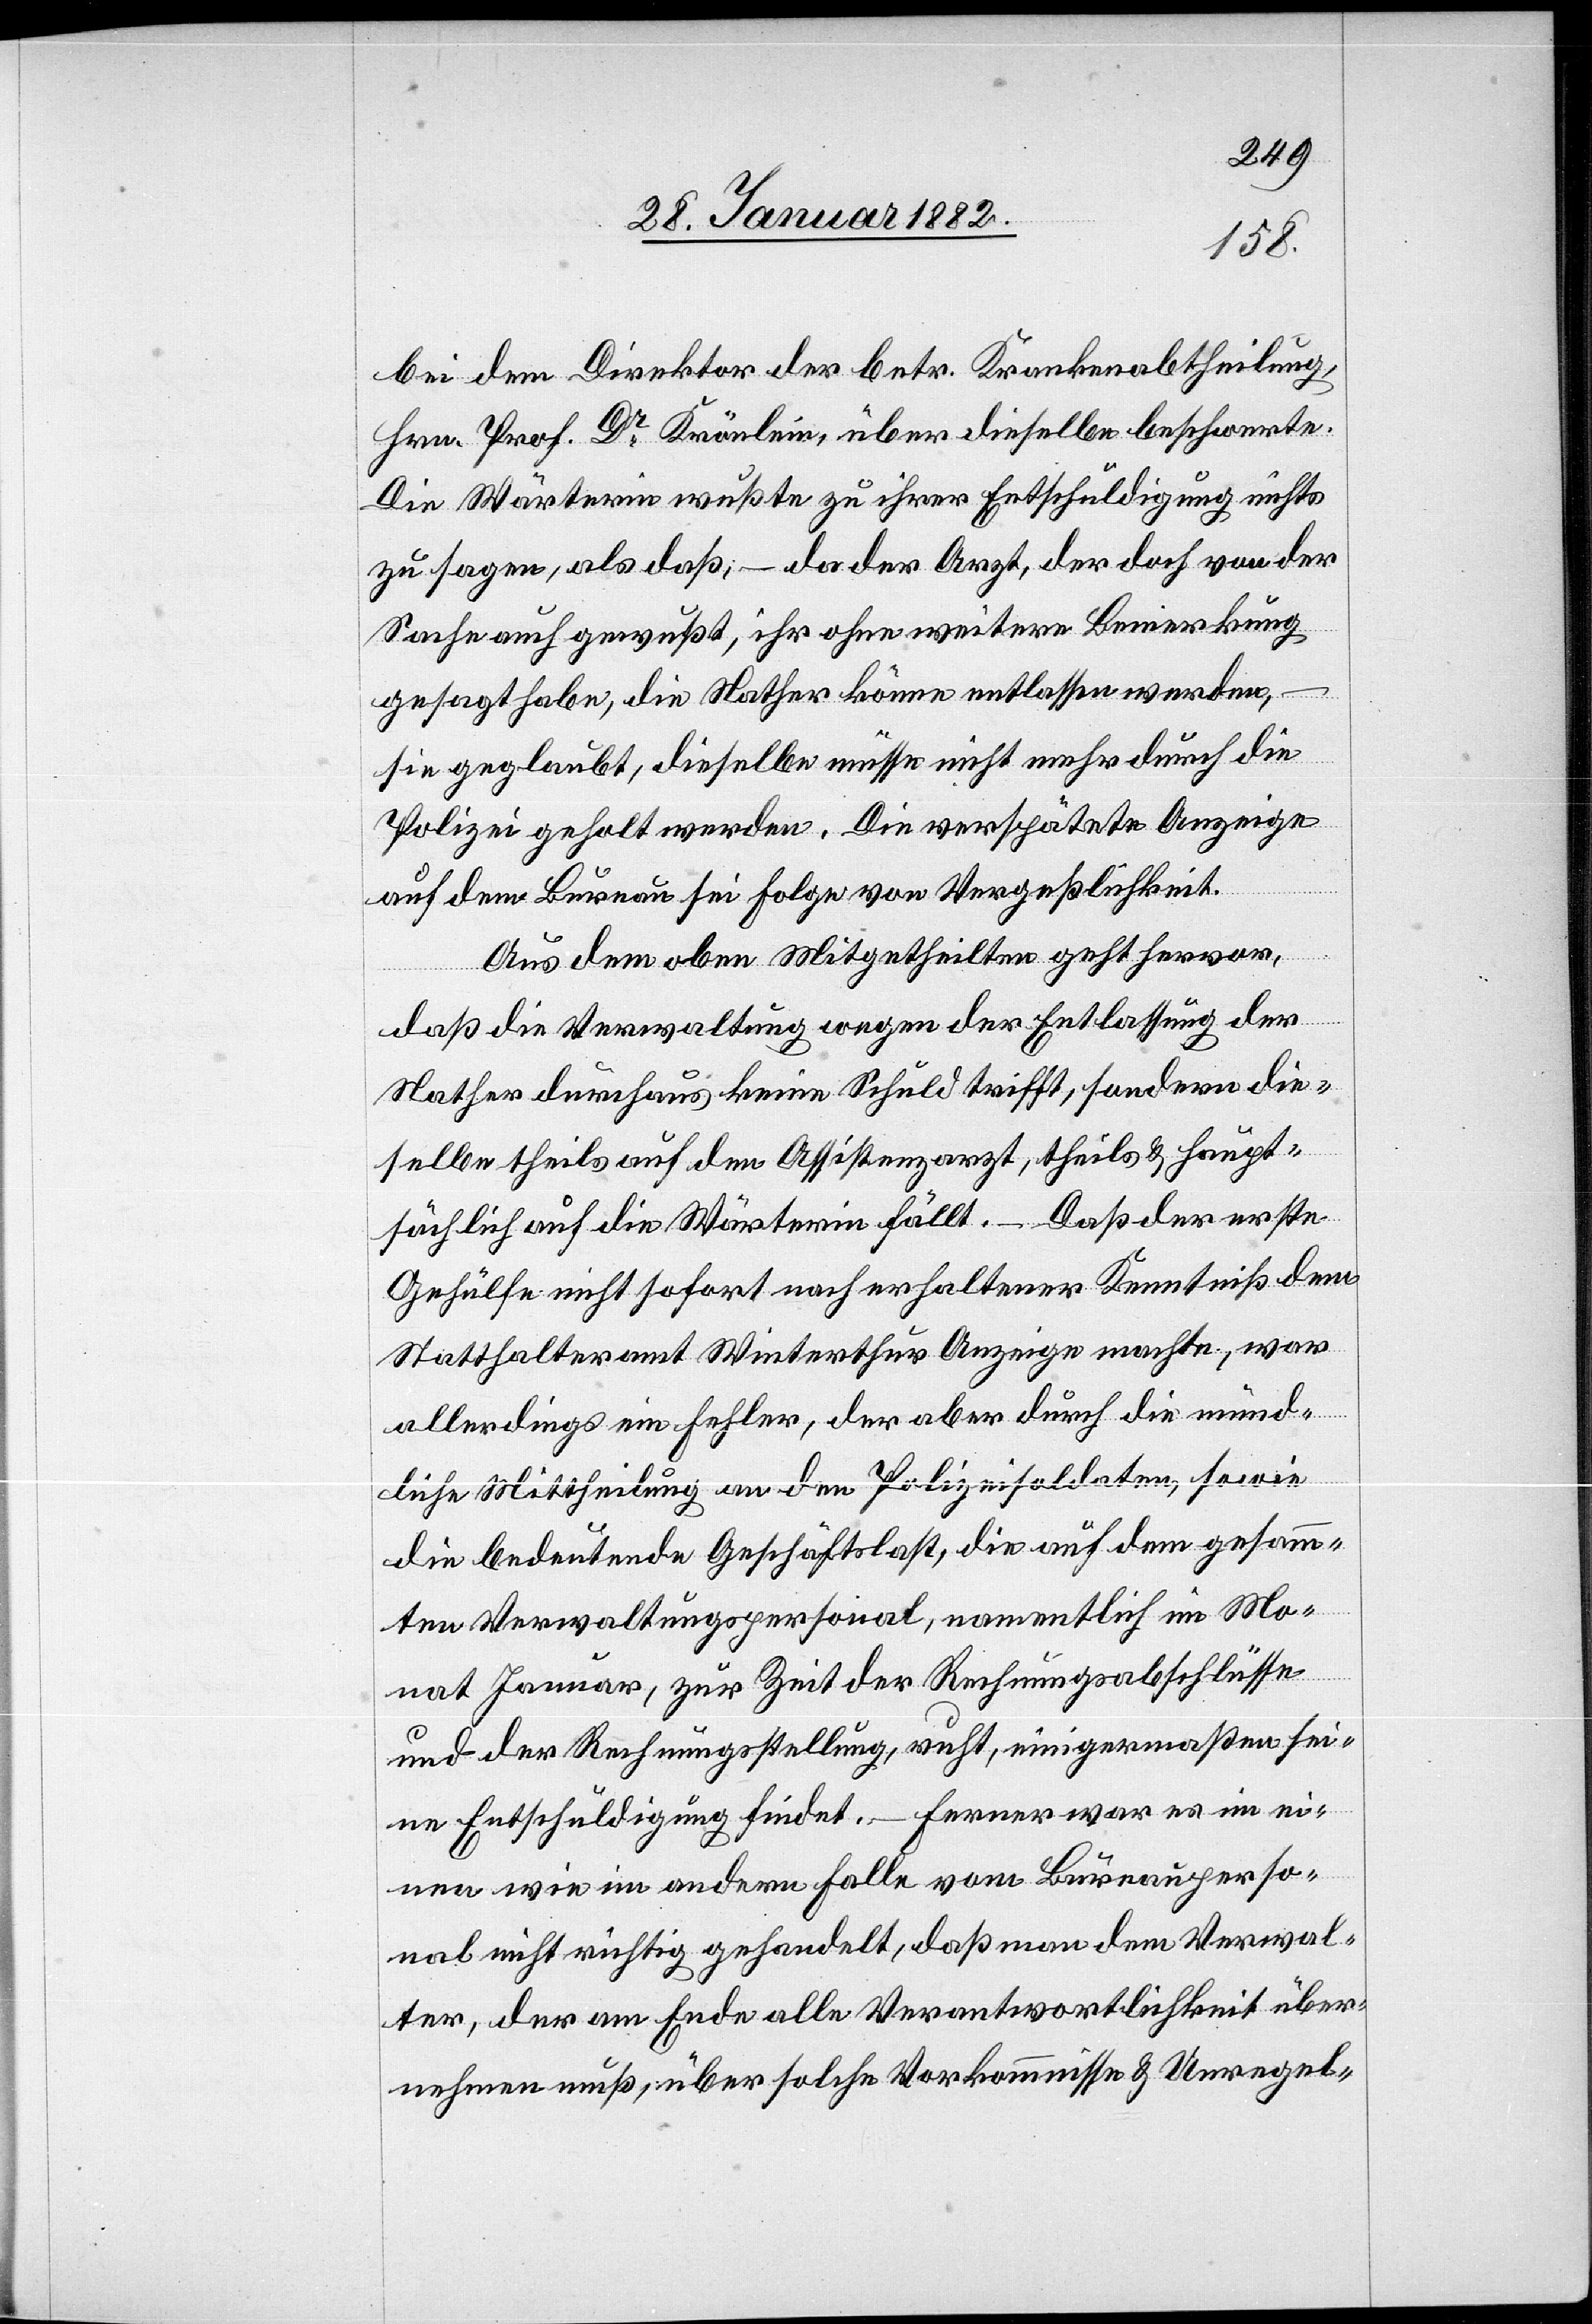
bei dem Direktor der betr. Krankenabtheilung,
Hrn. Prof. Dr Krönlein, über dieselbe beschwerte.
Die Wärterin wußte zu ihrer Entschuldigung nichts
zu sagen, als daß, – da der Arzt, der doch von der
Sache auch gewußt, ihr ohne weitere Bemerkung
gesagt habe, die Nather könne entlassen werden,
sie geglaubt, dieselbe müsse nicht mehr durch die
Polizei geholt werden. Die verspätete Anzeige
auf dem Bureau sei Folge von Vergeßlichkeit.
Aus dem oben Mitgetheilten geht hervor,
daß die Verwaltung wegen der Entlassung der
Nather durchaus keine Schuld trifft, sondern die¬
selbe theils auf dem Assistenzarzt, theils & haupt¬
sächlich auf die Wärterin fällt. – Daß der erste
Gehülfe nicht sofort nach erhaltener Kenntniß dem
Statthalteramt Winterthur Anzeige machte, war
allerdings ein Fehler, der aber durch die münd¬
liche Mittheilung an den Polizeisoldaten, sowie
die bedeutende Geschäftslast, die auf dem gesam¬
mten Januar, zur Zeit der Rechnungsabschlüsse
und der Rechnungsstellung, ruht, einigermaßen ei¬
ne Entschuldigung findet.– Ferner war es im ei¬
nen wie im andern Falle vom Bureauperso¬
nal nicht richtig gehandelt, daß man dem Verwal¬
ter, der am Ende alle Verantwortlichkeit über¬
nehmen muß, über solche Vorkommnisse & Unregel-